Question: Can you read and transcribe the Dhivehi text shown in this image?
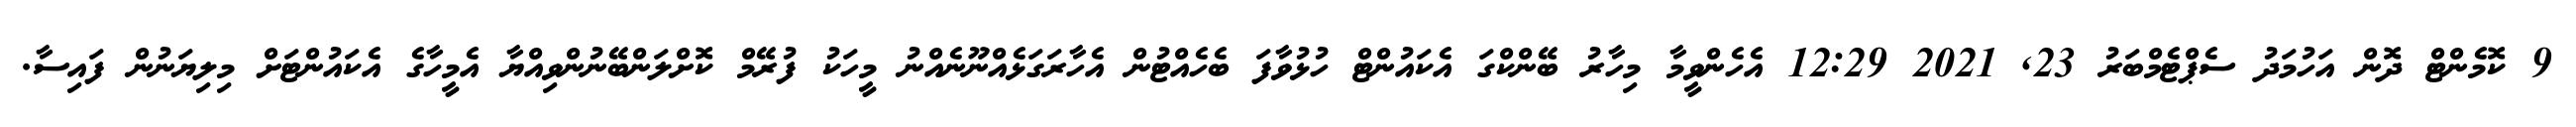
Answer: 9 ކޮމެންޓް ދޮން އަހުމަދު ސެޕްޓެމްބަރު 23, 2021 12:29 އެހެންވީމާ މިހާރު ބޭންކްގަ އެކައުންޓް ހުޅުވާފަ ބެހެއްޓުން އެހާރަގަޅެއްނޫނެއްނު މީހަކު ފުރޭމް ކޮށްލަންބޭނުންވިއްޔާ އެމީހާގެ އެކައުންޓަށް މިލިޔަނުން ފައިސާ.